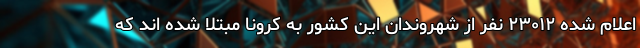
اعلام شده ۲۳۰۱۲ نفر از شهروندان این کشور به کرونا مبتلا شده اند که